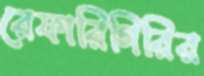
রেফারিগিরির